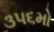
૩૫૬મો